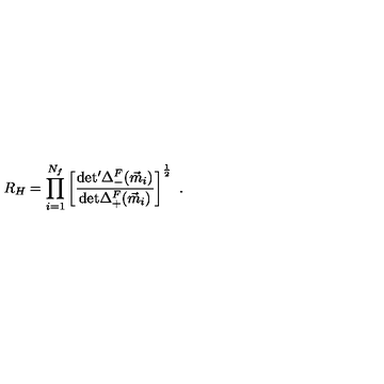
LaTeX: R _ { H } = \prod _ { i = 1 } ^ { N _ { f } } \left[ \frac { \mathrm { d e t ^ { \prime } } \Delta _ { - } ^ { F } ( \vec { m } _ { i } ) } { \mathrm { d e t } \Delta _ { + } ^ { F } ( \vec { m } _ { i } ) } \right] ^ { \frac { 1 } { 2 } } \ .